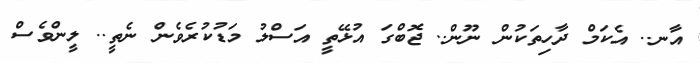
އާނ.. އެކަމް ދާހިތަކުން ނޫން.. ޖޮބްގަ އުޅޭތީ އަސްލު މަޑުކުރެވެން ނެތީ.. ލީންވެސް